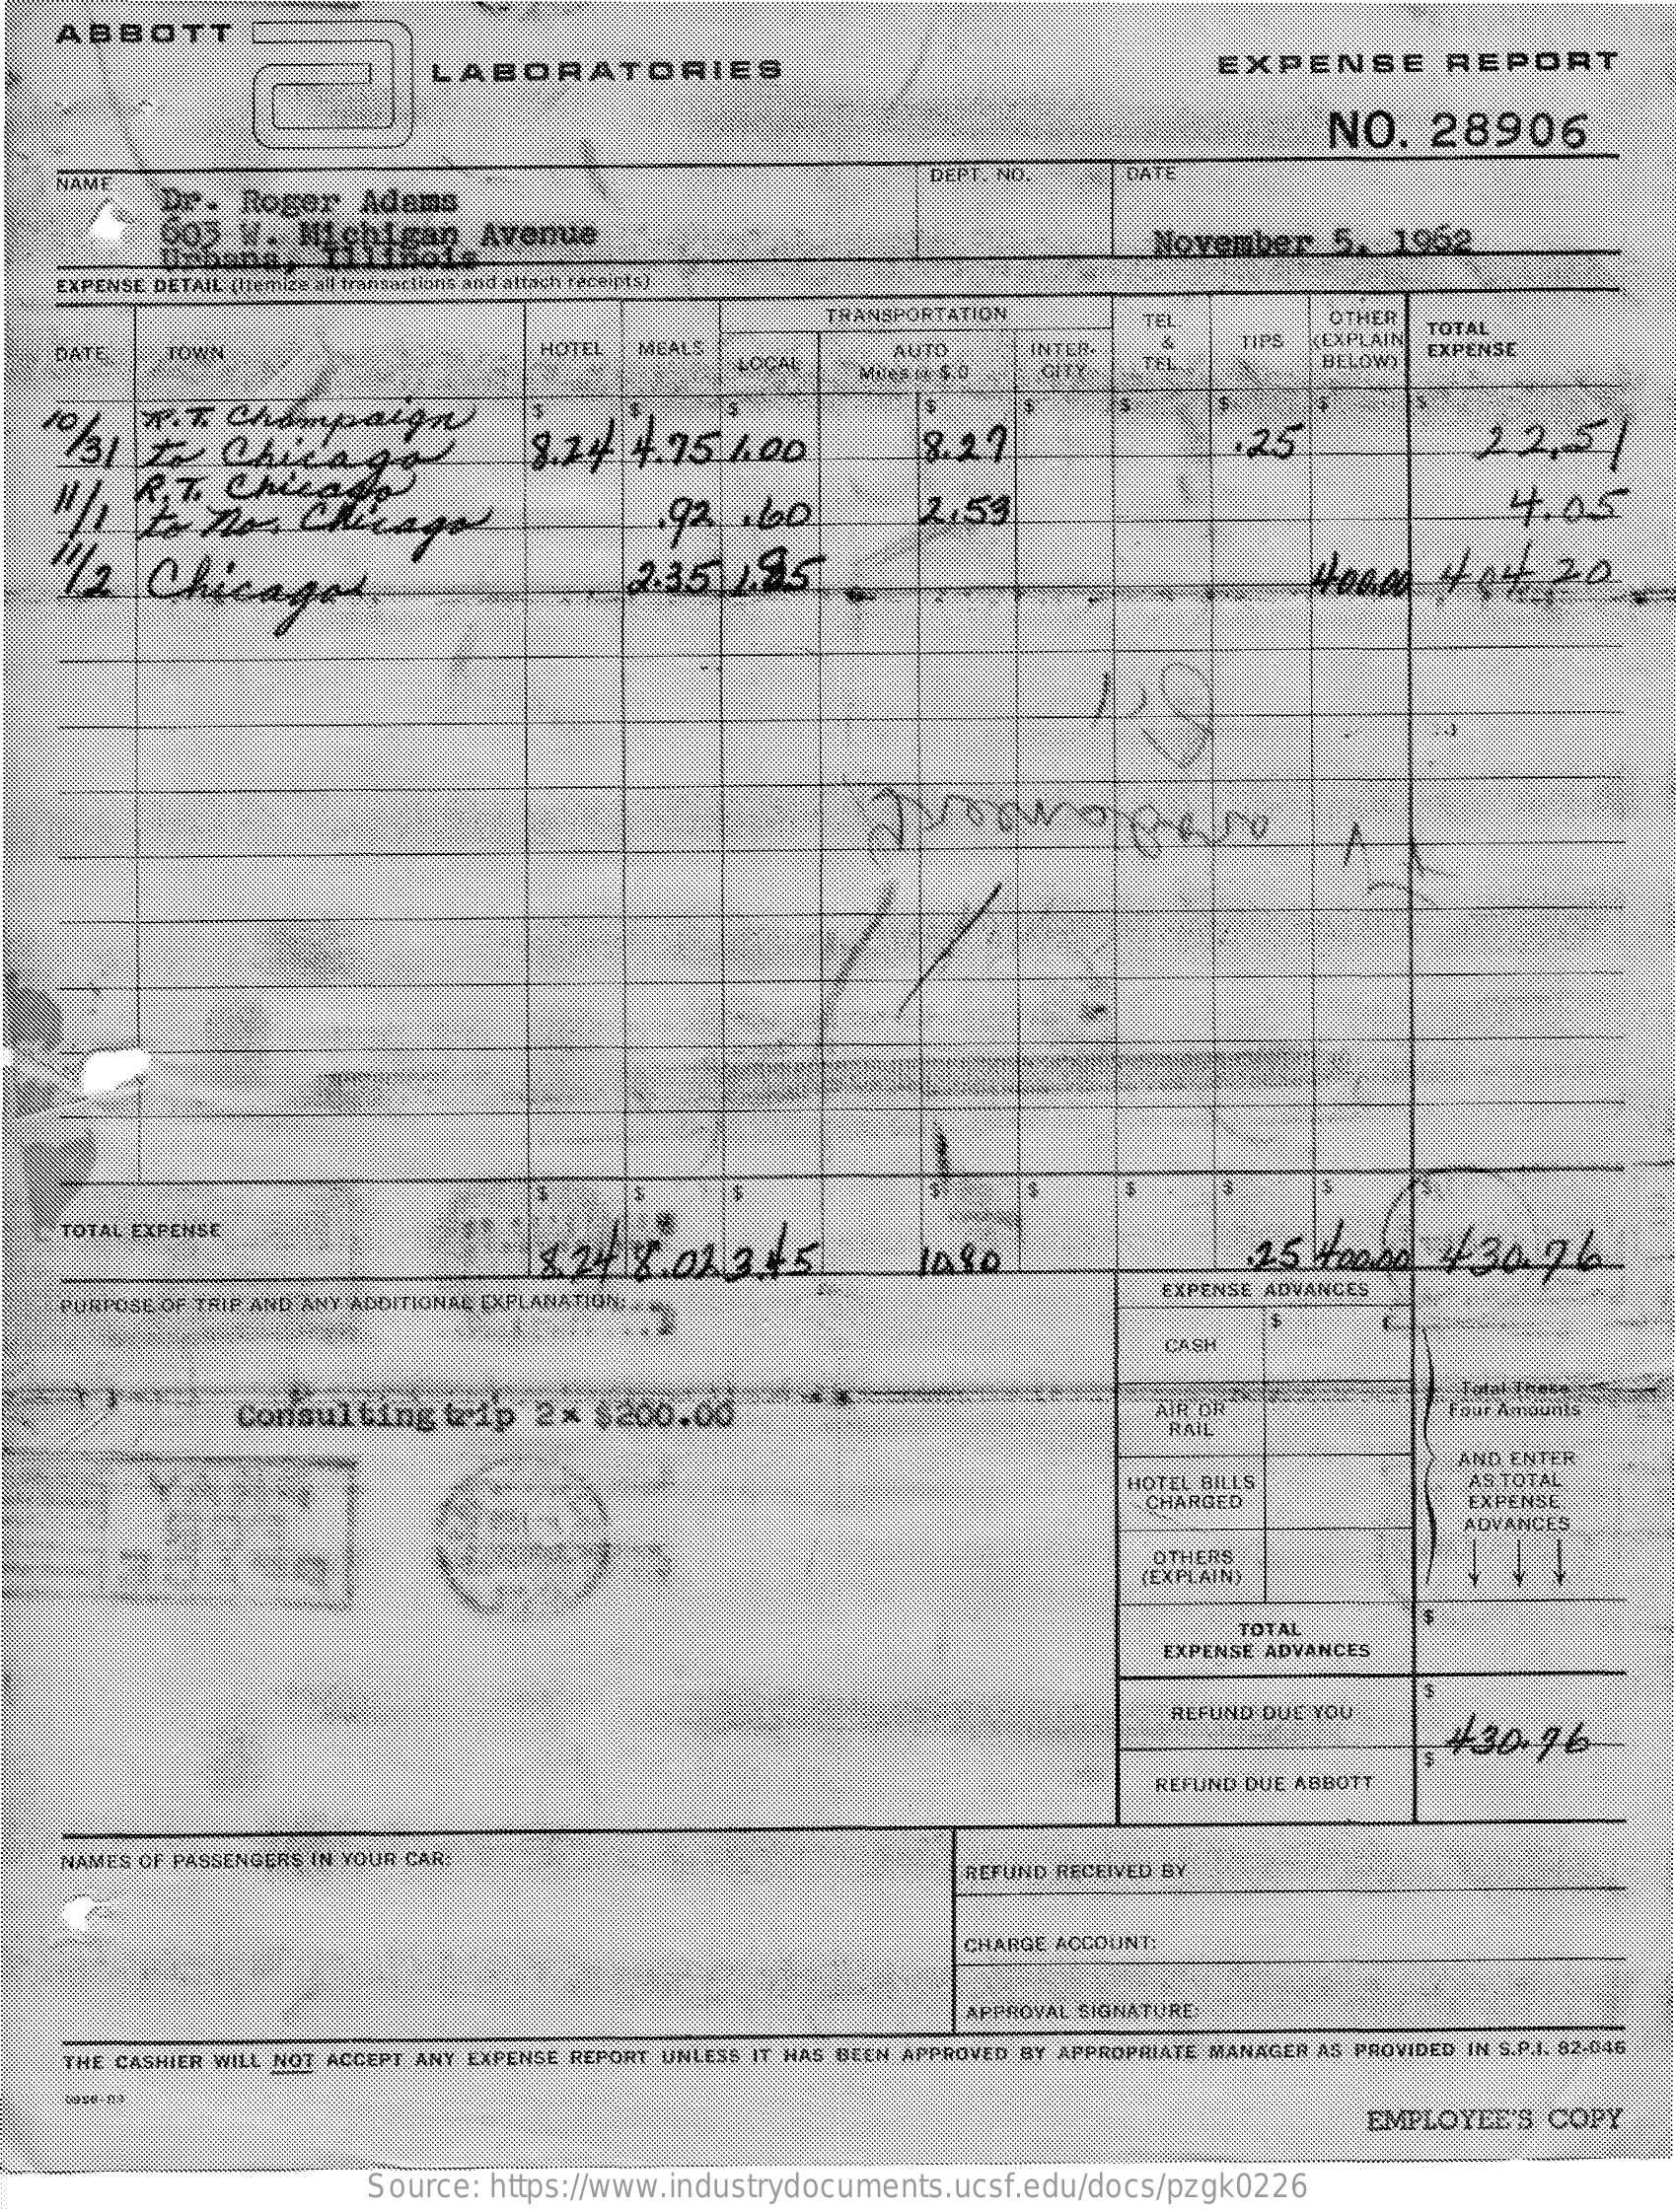
ABBOTT
     LABORATORIES    EXPENSE    REPORT
     NO.    28906
    NAME
     DATE
     Dr.  Roger  Adams
     DEPT. NO.
     605 W.  Michigan    Avenue    November   5,  1962
    EXPENSE DETAIL (fremize ail transactions and attach receipts)
     TRANSPORTATION    TEL    OTHER
    DATE   TOWN    HOTEL MEALS    EXPLAIN
     TOTAL
     LOCAL
     AUTO    INTER.    TIPS
     CITY  TEL    BELOWY
     EXPENSE
     T. T. Champaign 1/3) to Chicago
     R. T. Chicago "/1 2 no Chicago
     8.24  4.75  1.00    8.27    .25    2.2,5   |
    11/2 Chicagos
     92   .60    2.53    4.05
     2.35  4.95
     Froome    per
    TOTAL EXPENSE
     82/   8.02  3 45    1080    25  Hoand   430.9    6
    PURPOSE OF TRIP AND ANY ADDITIONAL EXPLANATION. ...
     EXPENSE ADVANCES
     .....
     CASH
     Consulting   trip  2x  $200.00    AIR OF    Four Amounts
     RAIL
     AND ENTER
     HOTEL BILLS    AS TOTAL
     CHARGED    EXPENSE
     ADVANCES
     OTHERS
     (EXPLAINY
     TOTAL
     EXPENSE ADVANCES
     REFUND DUE YOU
     +30.96
     REFUND DUE ABBOTT
    NAMES OF PASSENGERS IN YOUR CAR.
     REFUND RECEIVED BY
     CHARGE ACCOUNT:
     APPROVAL SIGNATURE
    THE CASHIER WILL NOT ACCEPT ANY EXPENSE REPORT UNE HAS BEEN APPROVED BY APPROPRIATE MANAGER AS PROVIDED IN S.P.I. 82-046
     EMPLOYEE'S COPY
     Source: https://www.industrydocuments.ucsf.edu/docs/pzgk0226